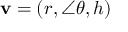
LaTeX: \mathbf { v } = ( r , \angle \theta , h )